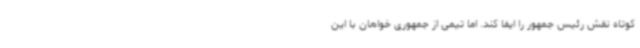
کوتاه نقش رئیس جمهور را ایفا کند. اما تیمی از جمهوری خواهان با این